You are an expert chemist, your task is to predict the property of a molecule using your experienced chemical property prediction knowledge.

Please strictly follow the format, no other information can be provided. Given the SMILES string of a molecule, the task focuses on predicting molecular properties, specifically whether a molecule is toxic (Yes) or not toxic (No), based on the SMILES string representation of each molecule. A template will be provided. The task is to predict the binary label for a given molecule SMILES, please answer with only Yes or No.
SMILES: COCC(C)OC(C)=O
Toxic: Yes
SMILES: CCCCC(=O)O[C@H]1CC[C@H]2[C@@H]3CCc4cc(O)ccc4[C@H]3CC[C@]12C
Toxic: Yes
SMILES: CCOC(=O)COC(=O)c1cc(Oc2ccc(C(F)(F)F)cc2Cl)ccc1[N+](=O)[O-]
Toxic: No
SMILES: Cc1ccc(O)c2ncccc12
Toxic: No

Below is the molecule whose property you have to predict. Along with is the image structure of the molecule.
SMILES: COc1cc2c3cc1Oc1cc(ccc1O)C[C@@H]1c4c(cc(OC)c(O)c4Oc4ccc(cc4)C[C@@H]3N(C)CC2)CC[N+]1(C)C
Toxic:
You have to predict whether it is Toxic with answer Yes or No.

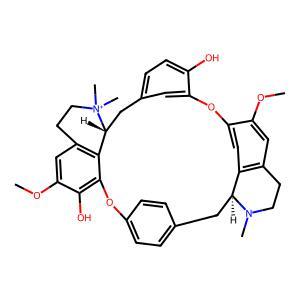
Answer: No